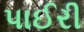
પાઈરી